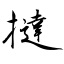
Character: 撻